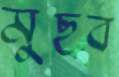
মুছব